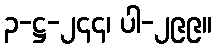
၃-ဋ္ဌ-၂၄၄၊ ပါ-၂၉၉။